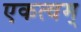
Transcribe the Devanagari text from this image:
एकत्वम्